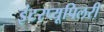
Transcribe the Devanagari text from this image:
इंटरप्यूपिलरी